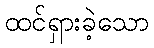
ထင်ရှားခဲ့သော